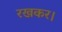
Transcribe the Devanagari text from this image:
रखकर।